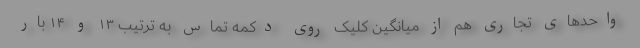
واحدهای تجاری هم از میانگین کلیک روی دکمه تماس به ترتیب ۱۳ و ۱۴ بار